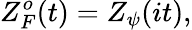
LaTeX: Z_{F}^{o}(t)=Z_{\psi}(it),